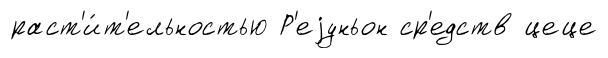
раст'и́т'ельностью Р'еjуньон ср'едств цеце